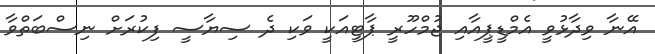
އޭނާ ވިދާޅުވީ އެމްޑީޕީއާއި ޖުމްހޫރީ ޕާޓީއަކީ ވަކި ދެ ސިޔާސީ ފިކުރަށް ނިސްބަތްވާ